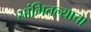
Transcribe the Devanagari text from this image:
सांगितल्याचा